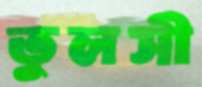
তুলসী